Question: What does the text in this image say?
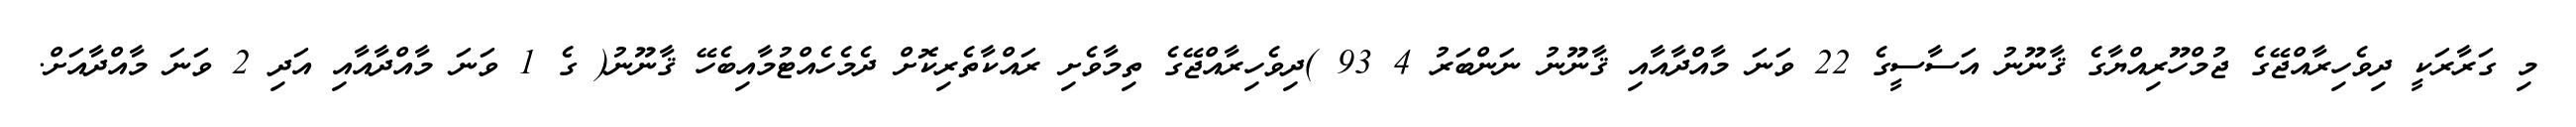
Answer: މި ގަރާރަކީ ދިވެހިރާއްޖޭގެ ޖުމްހޫރިއްޔާގެ ޤާނޫނު އަސާސީގެ 22 ވަނަ މާއްދާއާއި ޤާނޫނު ނަންބަރު 4 93 )ދިވެހިރާއްޖޭގެ ތިމާވެށި ރައްކާތެރިކޮށް ދެމެހެއްޓުމާއިބެހޭ ޤާނޫނު( ގެ 1 ވަނަ މާއްދާއާއި އަދި 2 ވަނަ މާއްދާއަށް.